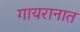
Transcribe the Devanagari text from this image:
गायरानात